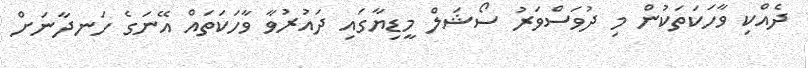
ދެއްކި ވާހަކަތަކުން މި ދުވަސްވަރު ސޯޝަލް މީޑިޔާގައި ދައުރުވާ ވާހަކަތައް އޭނަގެ ހަނދާނަށް